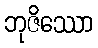
ဘုဇိဿော